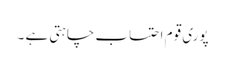
پوری قوم احتساب چاہتی ہے ۔